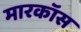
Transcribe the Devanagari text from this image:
मारकॉस